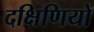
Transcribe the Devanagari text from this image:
दक्षिणियों